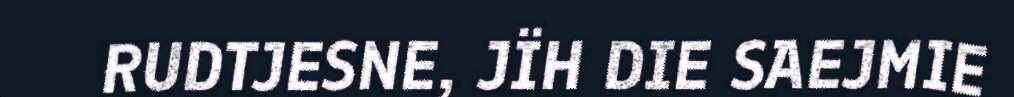
RUDTJESNE, JÏH DIE SAEJMIE